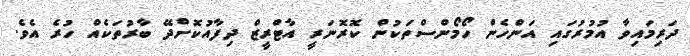
ދަރިމައިވާ އުމުރުގައި އަންހެން ހޯމޯންސްތަކުން ކޮރޮނަރީ އާޓްރީޒް ދިފާއުކޮށްދޭ ބާރުތަކެއް ހުރެ އެވެ.